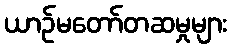
ယာဉ်မတော်တဆမှုများ